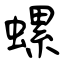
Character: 螺